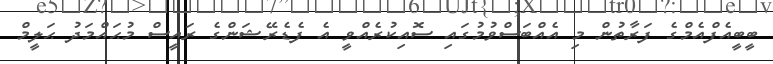
ބީބީއެފްއެމްގެ ފަރާތުން މި އެއްބަސްވުމުގައި ސޮއިކުރެއްވީ އެ ފެޑެރޭޝަންގެ ރައީސް މުޙައްމަދު ޙަލީމް